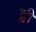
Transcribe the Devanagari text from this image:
छ्वी